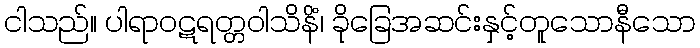
ငါသည်။ ပါရာဝဋရတ္တဝါသိနိံ၊ ခိုခြေအဆင်းနှင့်တူသောနီသော